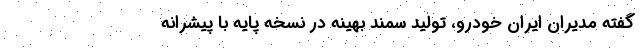
گفته مدیران ایران خودرو، تولید سمند بهینه در نسخه پایه با پیشرانه